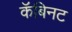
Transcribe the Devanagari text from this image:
कॅबिनट